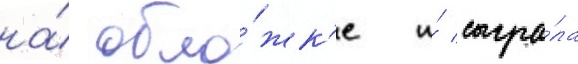
на́ обло́жк'е и́ сыгра́ла